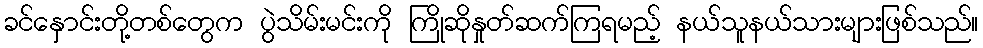
ခင်နှောင်းတို့တစ်တွေက ပွဲသိမ်းမင်းကို ကြိုဆိုနှုတ်ဆက်ကြရမည့် နယ်သူနယ်သားများဖြစ်သည်။